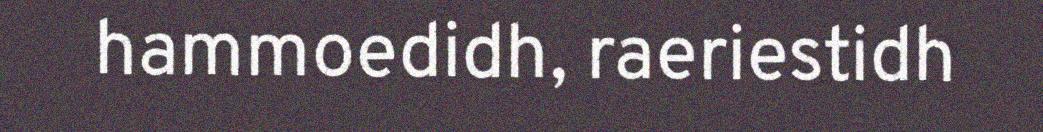
hammoedidh, raeriestidh